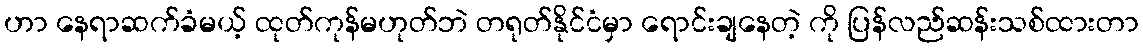
ဟာ နေရာဆက်ခံမယ့် ထုတ်ကုန်မဟုတ်ဘဲ တရုတ်နိုင်ငံမှာ ရောင်းချနေတဲ့ ကို ပြန်လည်ဆန်းသစ်ထားတာ